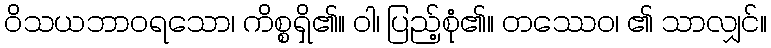
ဝိသယဘာဝရသော၊ ကိစ္စရှိ၏။ ဝါ၊ ပြည့်စုံ၏။ တဿေဝ၊ ၏ သာလျှင်။